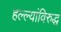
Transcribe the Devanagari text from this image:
हल्ल्यांविरुद्ध